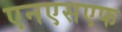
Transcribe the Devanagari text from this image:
एनएसएफ